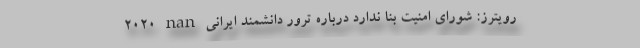
2020 nan رویترز: شورای امنیت بنا ندارد درباره ترور دانشمند ایرانی